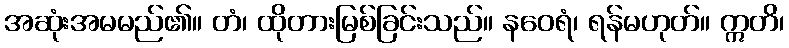
အဆုံးအမမည်၏။ တံ၊ ထိုတားမြစ်ခြင်းသည်။ နဝေရံ၊ ရန်မဟုတ်။ ဣတိ၊